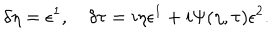
\delta \eta = \epsilon ^ { 1 } , \quad \delta \tau = i \eta \epsilon ^ { 1 } + i \Psi ( \eta , \tau ) \epsilon ^ { 2 } .